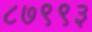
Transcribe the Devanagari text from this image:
८७९९३